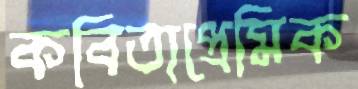
কবিতাপ্রেমিক